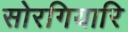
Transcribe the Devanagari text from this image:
सोरगियारि